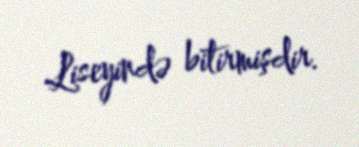
Liseyində bitirmişdir.